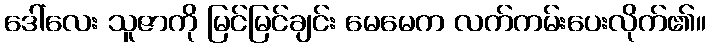
ဒေါ်လေး သူဇာကို မြင်မြင်ချင်း မေမေက လက်ကမ်းပေးလိုက်၏။